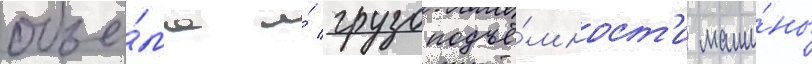
объё́ма и́ грузоподъё́мност'и маши́ны